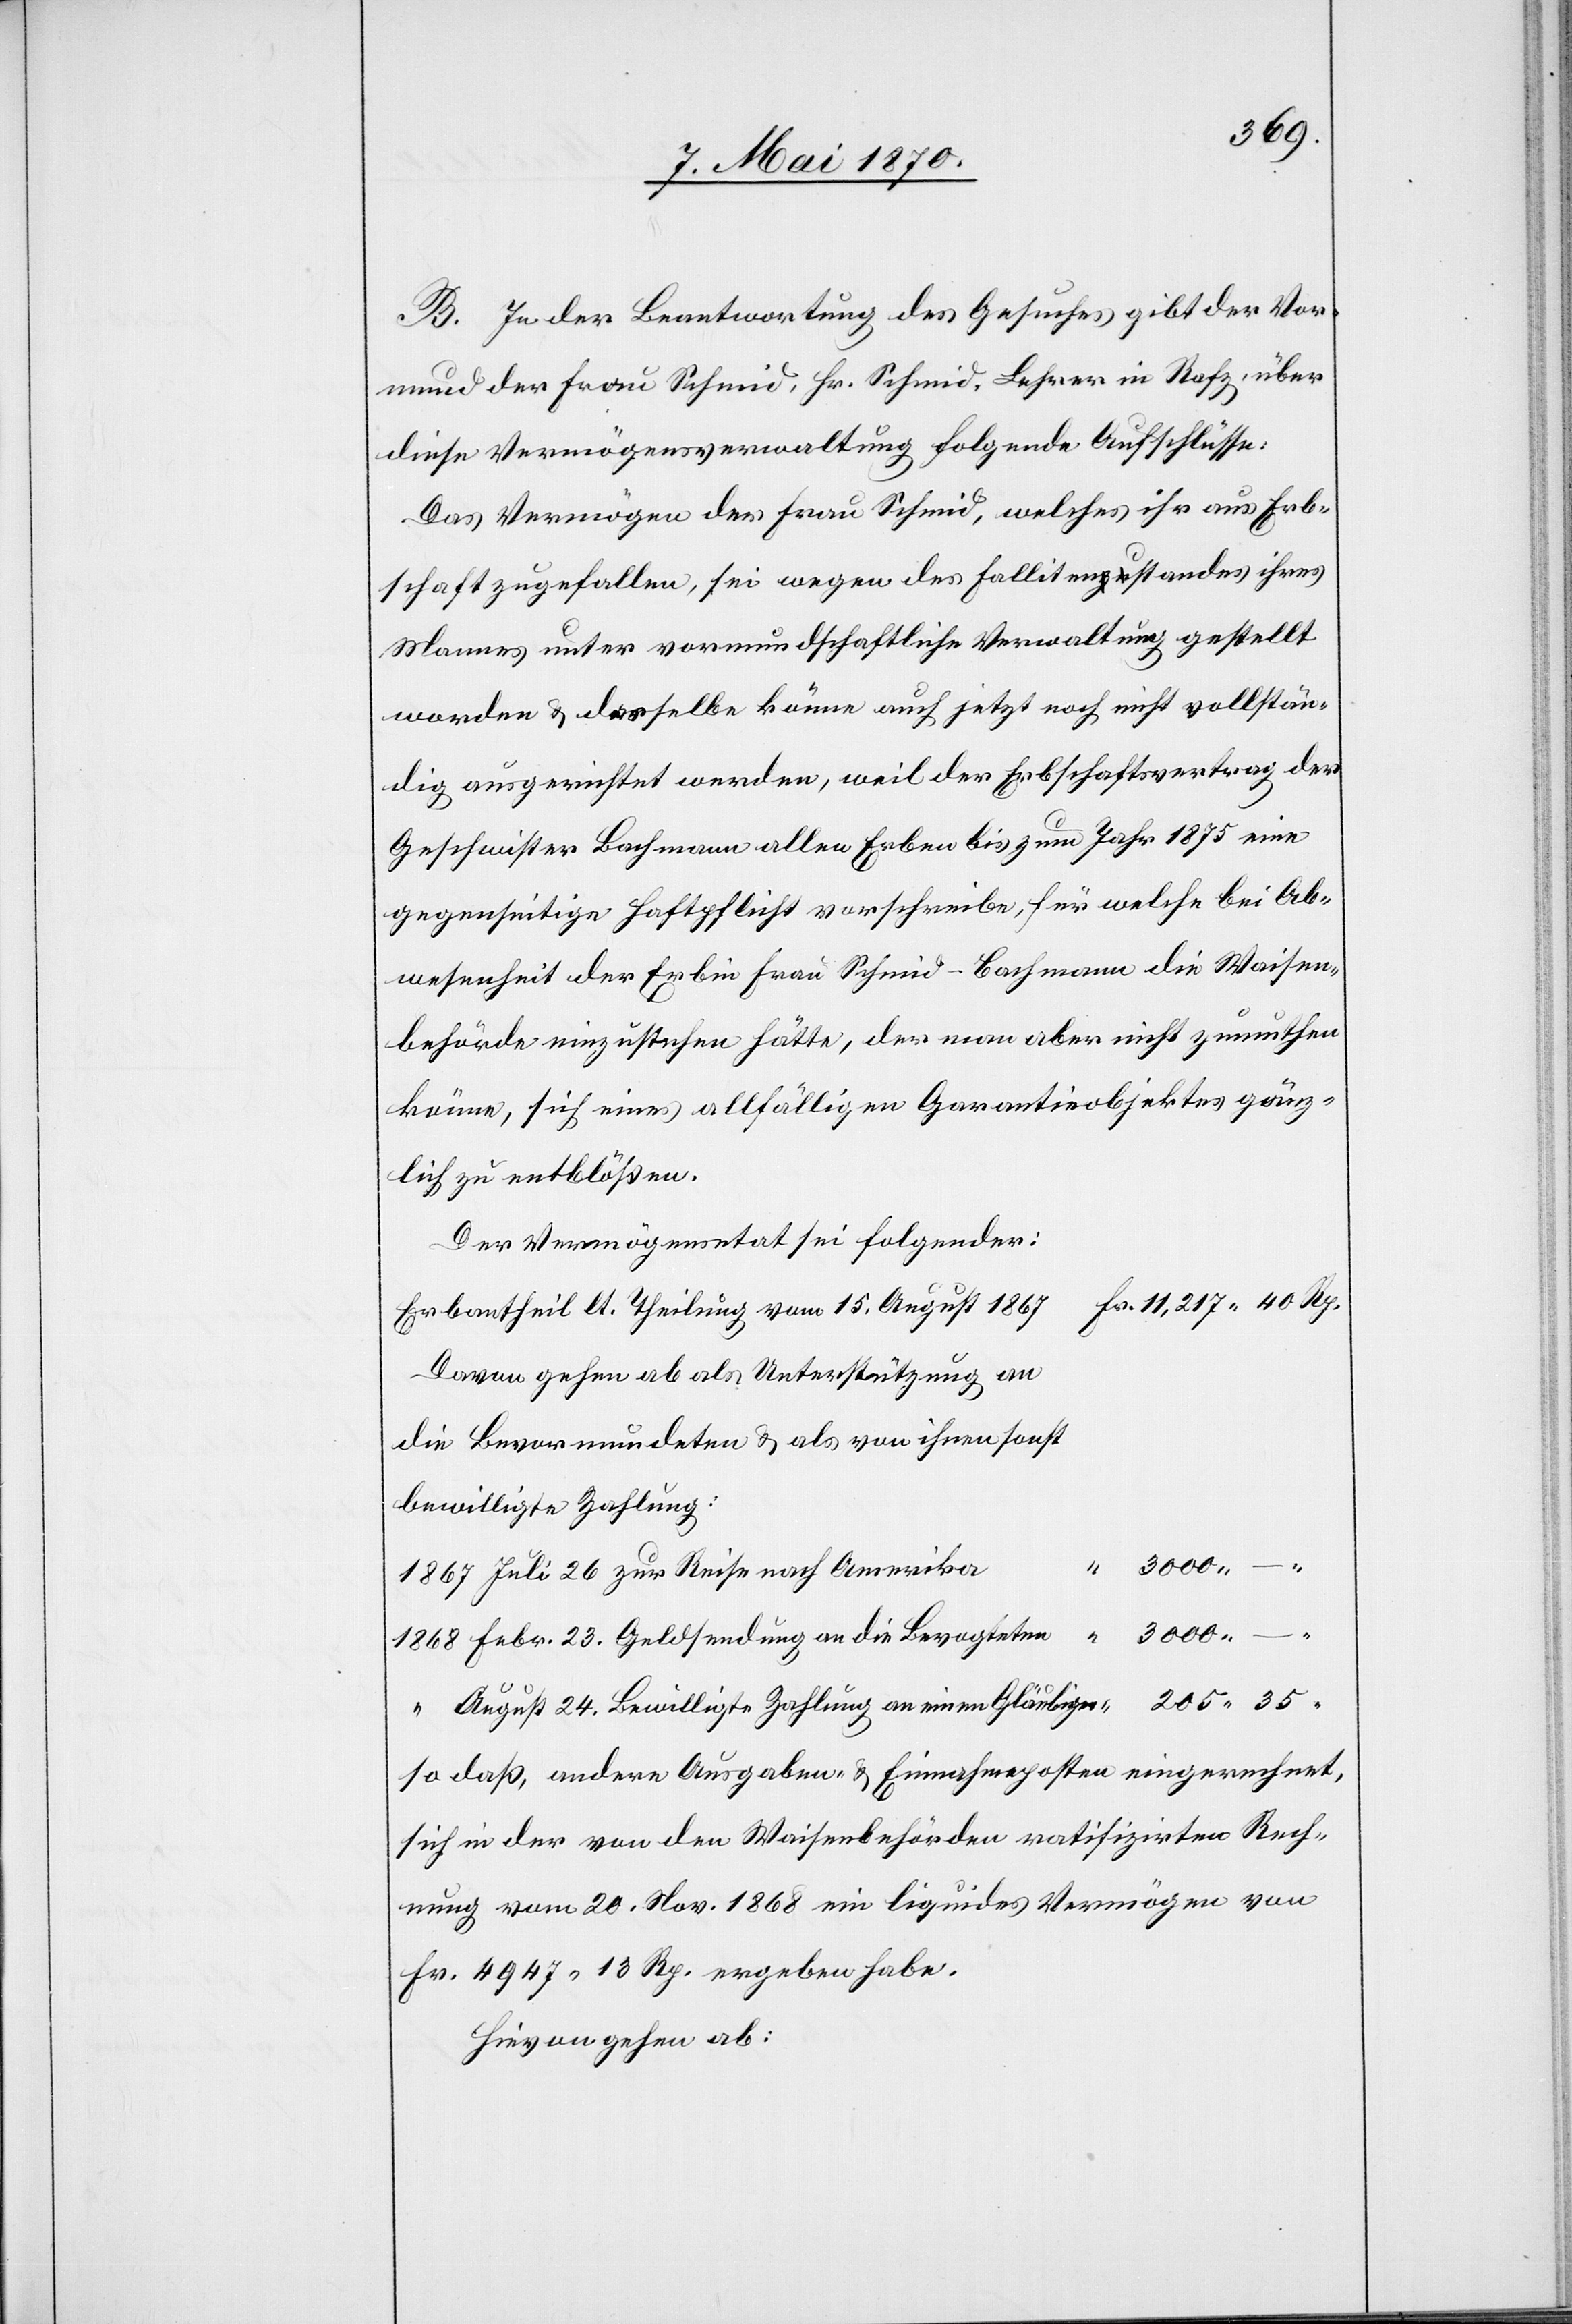
3000.
B. In der Beantwortung des Gesuches gibt der Vor¬
mund der Frau Schmid, Hr. Schmid, Lehrer in Rafz, über
diese Vermögensverwaltung folgende Aufschlüsse:
Das Vermögen der Frau Schmid, welches ihr aus Erb¬
schaft zugefallen, sei wegen des Fallitenstandes ihres
Mannes unter vormundschaftliche Verwaltung gestellt
worden & dasselbe könne auch jetzt noch nicht vollstän¬
dig ausgerichtet werden, weil der Erbschaftsvertrag der
Geschwister Bachmann allen Erben bis zum Jahr 1875 eine
gegenseitige Haftpflicht vorschreibe, für welche bei Ab¬
wesenheit der Erbin Frau Schmid-Bachmann die Waisen¬
behörde einzustehen hätte, der man aber nicht zumuthen
könne, sich eines allfälligen Garantieobjektes gänz¬
lich zu entblößen.
Der Vermögensetat sei folgender:
Erbantheil lt. Theilung vom 15. August 1867
Davon gehen ab als Unterstützung an
die Bevormundeten & als von ihnen sonst
bewilligte Zahlung:
August 24. Bewilligte Zahlung an einem Gläubiger
so daß, andere Ausgaben- & Einnahmeposten eingerechnet,
sich in der von den Waisenbehörden ratifizirten Rech¬
nung vom 20. Nov. 1868 ein liquides Vermögen von
Fr. 4947.13 Rp. ergeben habe.
Hievon gehen ab: